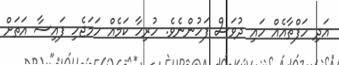
އަދި ހަފްތާއެއް ހައި ދުވަސް ފަހުންނެވެ. ހުރިހާ ކަމެއް ހަމަޖެހި ފައިސާ އަތަށް